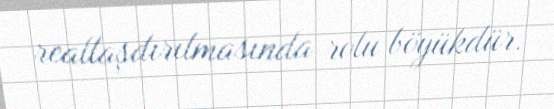
reallaşdırılmasında rolu böyükdür.